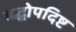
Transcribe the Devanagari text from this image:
बद्धोपदिष्ट